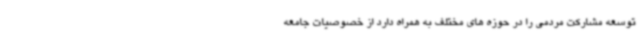
توسعه مشارکت مردمی را در حوزه های مختلف به همراه دارد از خصوصیات جامعه